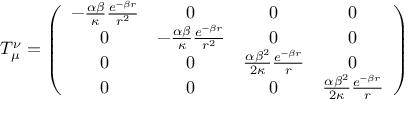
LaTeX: T _ { \mu } ^ { \nu } = \left( \begin{array} { c c c c } { { - \frac { \alpha \beta } { \kappa } \frac { e ^ { - \beta r } } { r ^ { 2 } } } } & { { 0 } } & { { 0 } } & { { 0 } } \\ { { 0 } } & { { - \frac { \alpha \beta } { \kappa } \frac { e ^ { - \beta r } } { r ^ { 2 } } } } & { { 0 } } & { { 0 } } \\ { { 0 } } & { { 0 } } & { { \frac { \alpha \beta ^ { 2 } } { 2 \kappa } \frac { e ^ { - \beta r } } { r } } } & { { 0 } } \\ { { 0 } } & { { 0 } } & { { 0 } } & { { \frac { \alpha \beta ^ { 2 } } { 2 \kappa } \frac { e ^ { - \beta r } } { r } } } \end{array} \right)